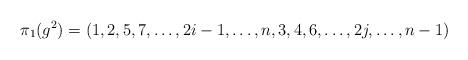
LaTeX: \begin{align*}\pi_1(g^2)=(1,2,5,7,\dots,2i-1,\dots,n,3,4,6,\dots,2j,\dots,n-1)\end{align*}